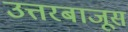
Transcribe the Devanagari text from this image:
उत्तरबाजूस